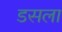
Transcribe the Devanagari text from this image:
डसला